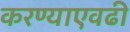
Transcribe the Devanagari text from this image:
करण्याएवढी